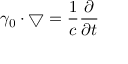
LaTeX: \gamma _ { 0 } \cdot \bigtriangledown = { \frac { 1 } { c } } { \frac { \partial } { \partial t } }